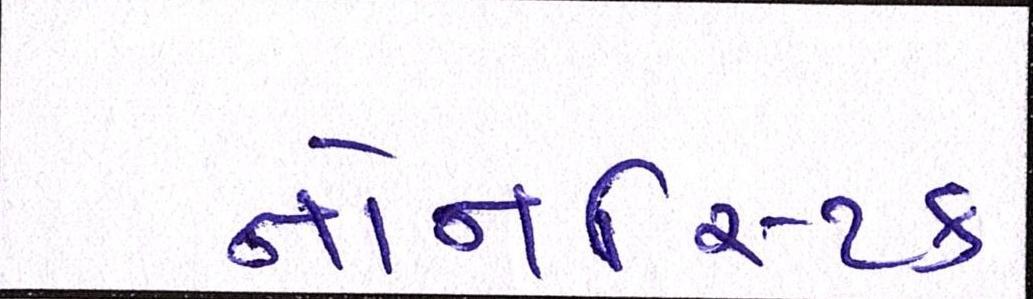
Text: નોનસ્ટિક